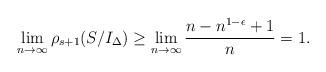
LaTeX: \begin{align*}\lim_{n\to \infty} \rho_{s+1}(S/I_\Delta) \geq \lim_{n\to \infty} \frac{n-n^{1-\epsilon} +1}{n} = 1.\end{align*}